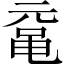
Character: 鼋